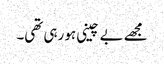
مجھے بے چینی ہو رہی تھی۔